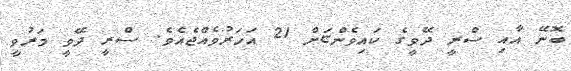
ބޮނޭ އާއި ސްރީ ދޭވީގެ ކައިވެންޏަށް 21 އަހަރުވެއްޖެއެވެ. ސްރީ ދޭވީ މަރުވީ